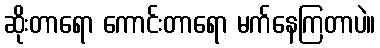
ဆိုးတာရော ကောင်းတာရော မက်နေကြတာပဲ။